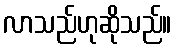
လာသည်ဟုဆိုသည်။